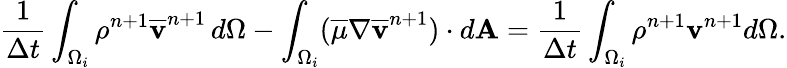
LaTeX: \frac{1}{\Delta t}\int_{\Omega_{i}}\rho^{n+1}\overline{{\mathbf v}}^{n+1}\, d\Omega-\int_{\Omega_{i}}(\overline{{\mu}}\nabla\overline{{\mathbf v}}^{n+1})\cdot d\mathbf A=\frac{1}{\Delta t}\int_{\Omega_{i}}\rho^{n+1}\mathbf v^{n+1}d\Omega.